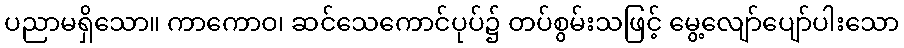
ပညာမရှိသော။ ကာကောဝ၊ ဆင်သေကောင်ပုပ်၌ တပ်စွမ်းသဖြင့် မွေ့လျော်ပျော်ပါးသော